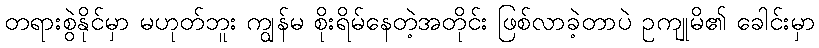
တရားစွဲနိုင်မှာ မဟုတ်ဘူး ကျွန်မ စိုးရိမ်နေတဲ့အတိုင်း ဖြစ်လာခဲ့တာပဲ ဥကျုမိ၏ ခေါင်းမှာ